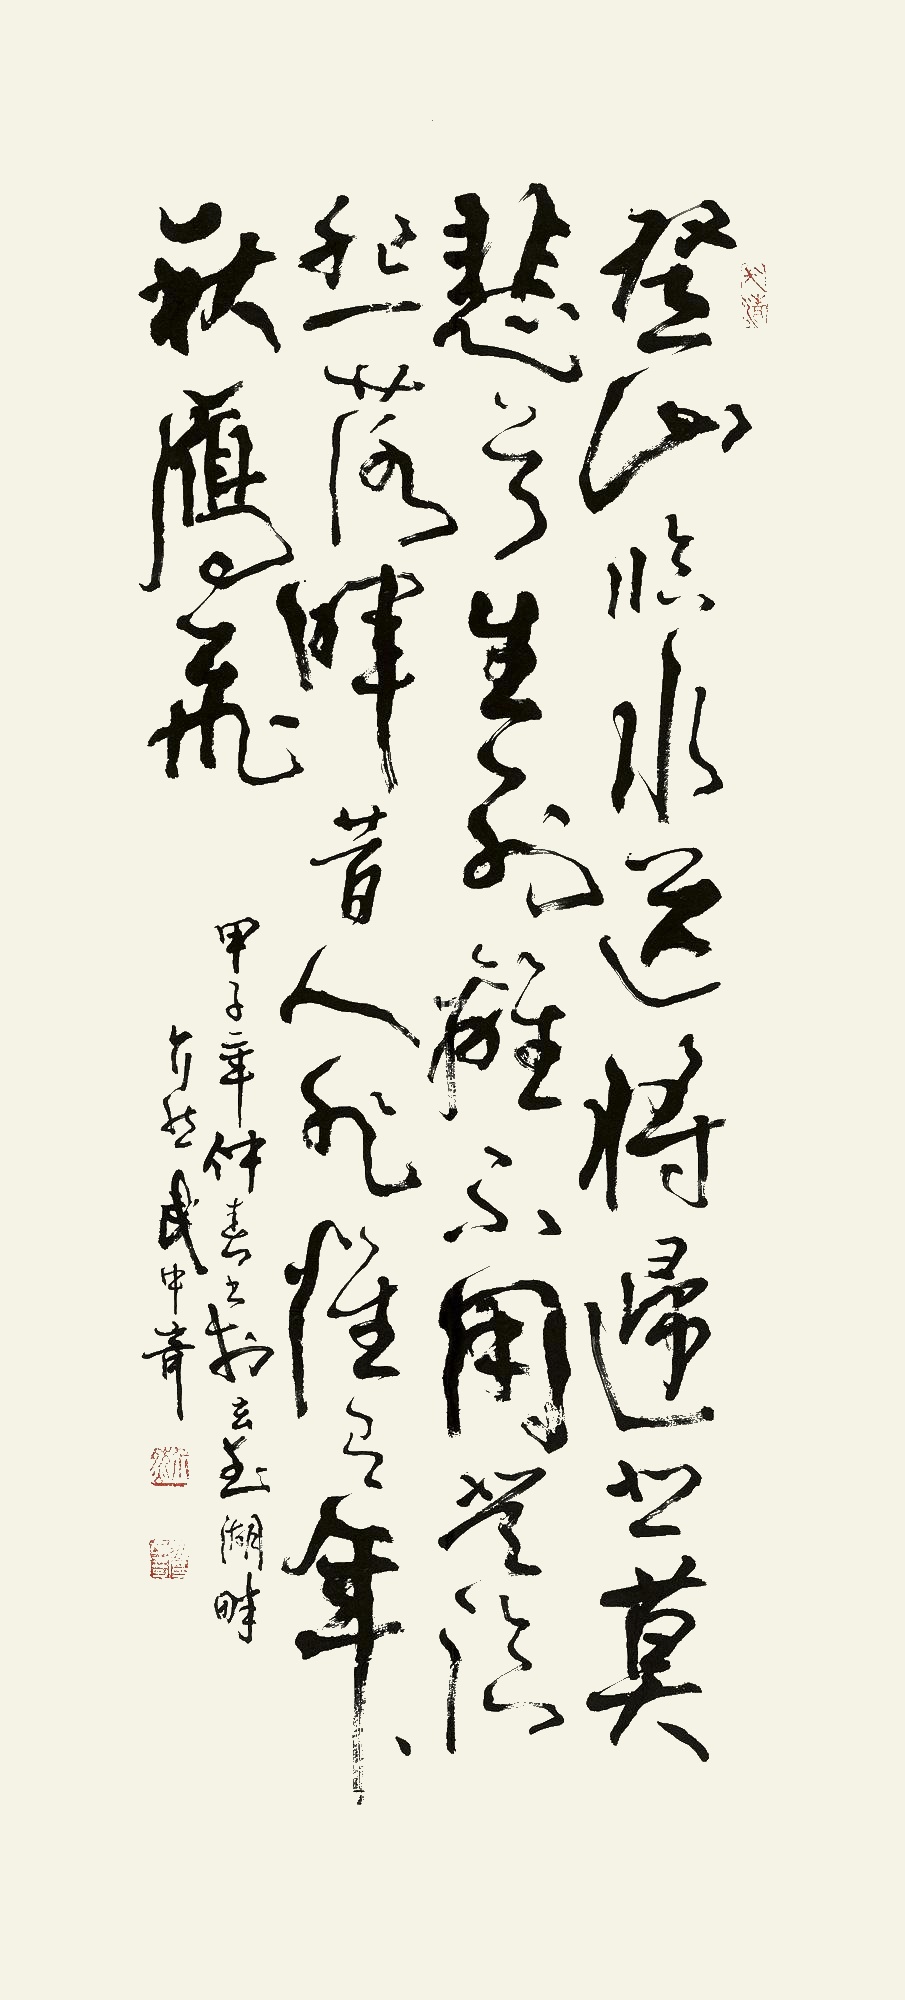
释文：登山临水送将归，悲莫悲兮生别离。不用登临怨落晖，昔人非，惟有年年秋雁飞。甲子年仲春书于玄武湖畔，介然武中奇。